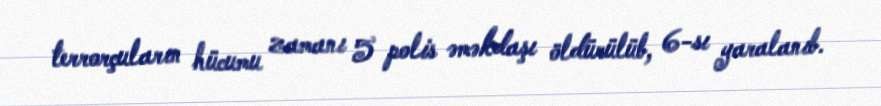
terrorçuların hücumu zamanı 5 polis əməkdaşı öldürülüb, 6-sı yaralanıb.